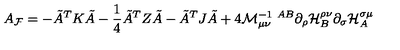
A _ { \cal F } = - \tilde { A } ^ { T } K \tilde { A } - \frac { 1 } { 4 } \tilde { A } ^ { T } Z \tilde { A } - \tilde { A } ^ { T } J \tilde { A } + 4 { \cal M } _ { \mu \nu } ^ { - 1 \ A B } \partial _ { \rho } { \cal H } _ { B } ^ { \rho \nu } \partial _ { \sigma } { \cal H } _ { A } ^ { \sigma \mu }